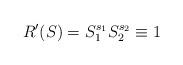
LaTeX: \begin{align*}R'(S)=S^{s_1}_1 S^{s_2}_2 \equiv 1\end{align*}